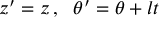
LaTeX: z ^ { \prime } = z \, , \ \ \theta ^ { \prime } = \theta + l t